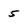
Character: 5